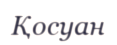
Қосуан